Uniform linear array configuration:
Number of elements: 12
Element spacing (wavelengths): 0.25
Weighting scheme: binomial
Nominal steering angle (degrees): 15
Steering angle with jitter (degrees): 15.901
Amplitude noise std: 0.05
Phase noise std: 0.05

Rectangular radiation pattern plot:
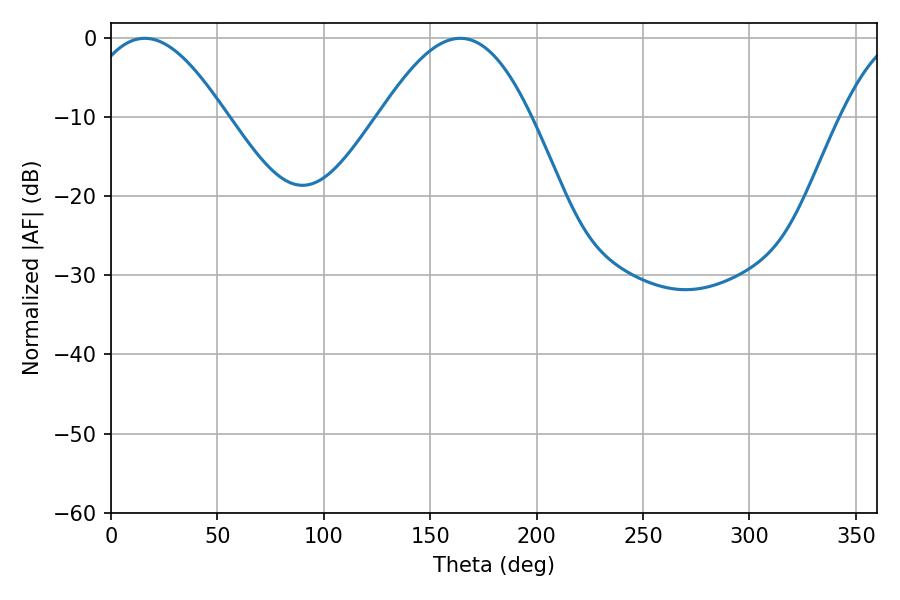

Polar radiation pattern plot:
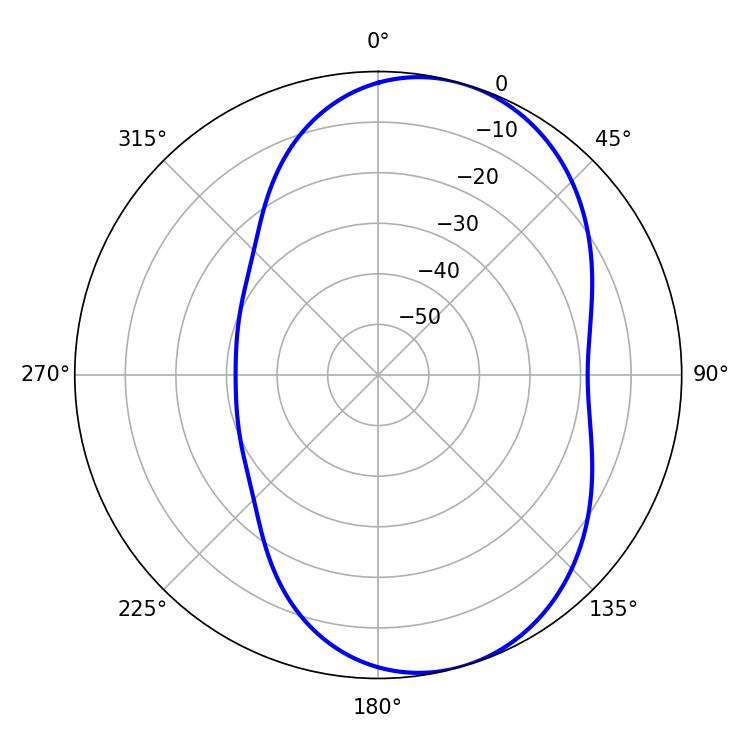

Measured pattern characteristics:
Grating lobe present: FALSE
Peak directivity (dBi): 6.628
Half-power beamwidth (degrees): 35.82
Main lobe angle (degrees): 15.84